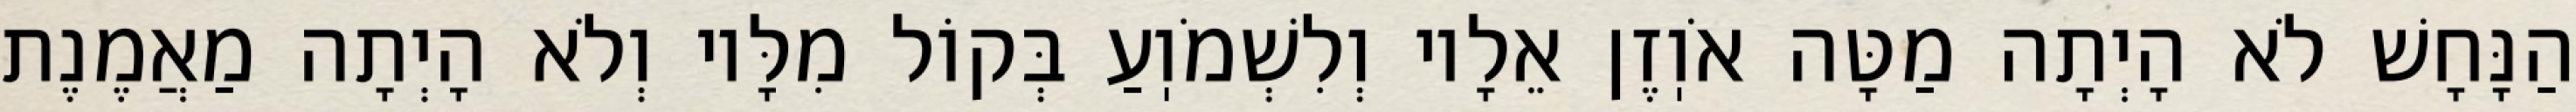
הַנָּחָשׁ לֹא הָיְתָה מַטָּה אֹוֽזֶן אֵלָיו וְלִשְׁמֹוֽעַ בְּקוֹל מִלָּיו וְלֹא הָיְתָה מַאֲמֶנֶת